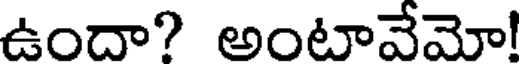
ఉందా? అంటావేమో!